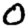
Digit: 0